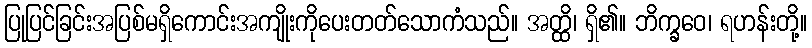
ပြုပြင်ခြင်းအပြစ်မရှိကောင်းအကျိုးကိုပေးတတ်သောကံသည်။ အတ္ထိ၊ ရှိ၏။ ဘိက္ခဝေ၊ ရဟန်းတို့။